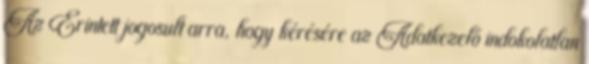
Az Érintett jogosult arra, hogy kérésére az Adatkezelő indokolatlan